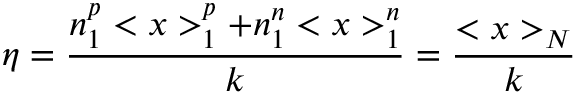
\eta = \frac { n _ { 1 } ^ { p } < x > _ { 1 } ^ { p } + n _ { 1 } ^ { n } < x > _ { 1 } ^ { n } } k = \frac { < x > _ { N } } k